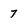
Character: 7